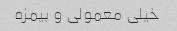
خیلی معمولی و بیمزه